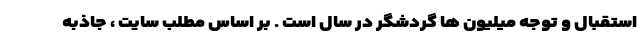
استقبال و توجه میلیون ها گردشگر در سال است . بر اساس مطلب سایت ، جاذبه